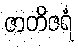
ဇာတိဇရံ